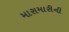
મારામારીની